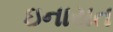
ઇનાયત